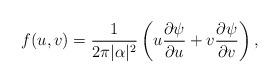
LaTeX: \begin{align*} f(u,v)=\frac{1}{2\pi |\alpha|^2} \left(u\frac{\partial \psi}{\partial u}+v\frac{\partial \psi}{\partial v}\right),\end{align*}